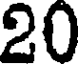
20